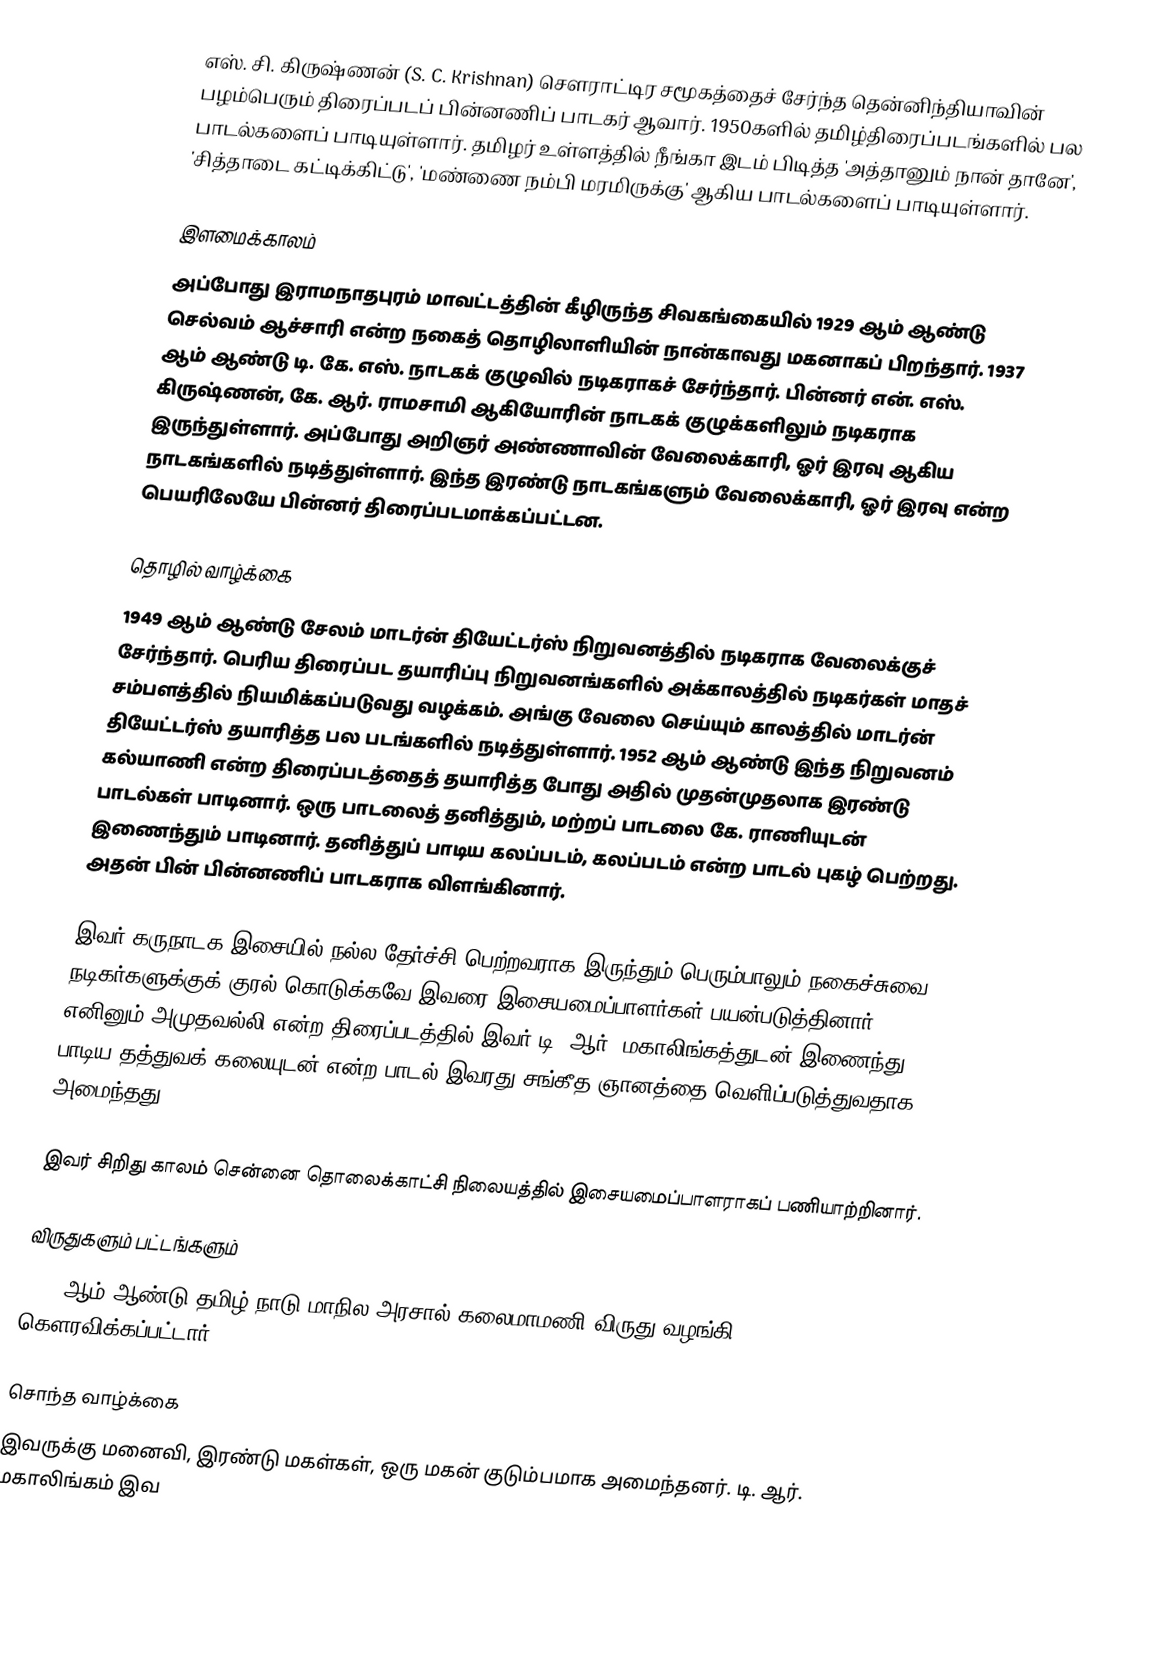
எஸ். சி. கிருஷ்ணன் (S. C. Krishnan)  சௌராட்டிர சமூகத்தைச் சேர்ந்த தென்னிந்தியாவின் பழம்பெரும் திரைப்படப் பின்னணிப் பாடகர் ஆவார். 1950களில் தமிழ்திரைப்படங்களில் பல பாடல்களைப் பாடியுள்ளார். தமிழர் உள்ளத்தில் நீங்கா இடம் பிடித்த 'அத்தானும் நான் தானே', 'சித்தாடை கட்டிக்கிட்டு', 'மண்ணை நம்பி மரமிருக்கு' ஆகிய பாடல்களைப் பாடியுள்ளார்.

இளமைக்காலம்
அப்போது இராமநாதபுரம் மாவட்டத்தின் கீழிருந்த சிவகங்கையில் 1929 ஆம் ஆண்டு செல்வம் ஆச்சாரி என்ற நகைத் தொழிலாளியின் நான்காவது மகனாகப் பிறந்தார். 1937 ஆம் ஆண்டு டி. கே. எஸ். நாடகக் குழுவில் நடிகராகச் சேர்ந்தார். பின்னர் என். எஸ். கிருஷ்ணன், கே. ஆர். ராமசாமி ஆகியோரின் நாடகக் குழுக்களிலும் நடிகராக இருந்துள்ளார். அப்போது அறிஞர் அண்ணாவின் வேலைக்காரி, ஓர் இரவு ஆகிய நாடகங்களில் நடித்துள்ளார். இந்த இரண்டு நாடகங்களும் வேலைக்காரி, ஓர் இரவு என்ற பெயரிலேயே பின்னர் திரைப்படமாக்கப்பட்டன.

தொழில் வாழ்க்கை
1949 ஆம் ஆண்டு சேலம் மாடர்ன் தியேட்டர்ஸ் நிறுவனத்தில் நடிகராக வேலைக்குச் சேர்ந்தார். பெரிய திரைப்பட தயாரிப்பு நிறுவனங்களில் அக்காலத்தில் நடிகர்கள் மாதச் சம்பளத்தில் நியமிக்கப்படுவது வழக்கம். அங்கு வேலை செய்யும் காலத்தில் மாடர்ன் தியேட்டர்ஸ் தயாரித்த பல படங்களில் நடித்துள்ளார். 1952 ஆம் ஆண்டு இந்த நிறுவனம் கல்யாணி என்ற திரைப்படத்தைத் தயாரித்த போது அதில் முதன்முதலாக இரண்டு பாடல்கள் பாடினார். ஒரு பாடலைத் தனித்தும், மற்றப் பாடலை கே. ராணியுடன் இணைந்தும் பாடினார். தனித்துப் பாடிய கலப்படம், கலப்படம் என்ற பாடல் புகழ் பெற்றது. அதன் பின் பின்னணிப் பாடகராக விளங்கினார்.

இவர் கருநாடக இசையில் நல்ல தேர்ச்சி பெற்றவராக இருந்தும் பெரும்பாலும் நகைச்சுவை நடிகர்களுக்குக் குரல் கொடுக்கவே இவரை இசையமைப்பாளர்கள் பயன்படுத்தினார். எனினும் அமுதவல்லி என்ற திரைப்படத்தில் இவர் டி. ஆர். மகாலிங்கத்துடன் இணைந்து பாடிய தத்துவக் கலையுடன் என்ற பாடல் இவரது சங்கீத ஞானத்தை வெளிப்படுத்துவதாக அமைந்தது.

இவர் சிறிது காலம் சென்னை தொலைக்காட்சி நிலையத்தில் இசையமைப்பாளராகப் பணியாற்றினார்.

விருதுகளும் பட்டங்களும்
1981 ஆம் ஆண்டு தமிழ் நாடு மாநில அரசால் கலைமாமணி விருது வழங்கி கௌரவிக்கப்பட்டார்.

சொந்த வாழ்க்கை
இவருக்கு மனைவி, இரண்டு மகள்கள், ஒரு மகன் குடும்பமாக அமைந்தனர். டி. ஆர். மகாலிங்கம் இவ